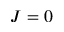
J = 0